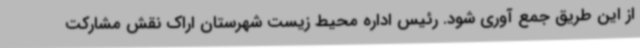
از این طریق جمع آوری شود. رئیس اداره محیط زیست شهرستان اراک نقش مشارکت